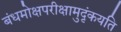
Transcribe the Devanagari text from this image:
बंधमोक्षपरीक्षामुदृंकयति